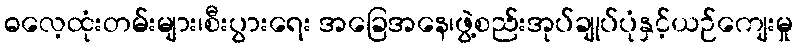
ဓလေ့ထုံးတမ်းများ၊စီးပွားရေး အခြေအနေ၊ဖွဲ့စည်းအုပ်ချုပ်ပုံနှင့်ယဉ်ကျေးမှု